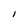
Character: I